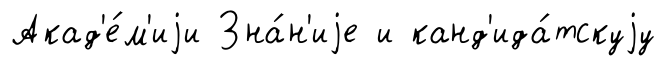
Акад'е́м'иjи Зна́н'иjе и канд'ида́тскуjу